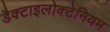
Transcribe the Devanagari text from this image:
डैक्टाइलोक्टेनियम